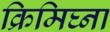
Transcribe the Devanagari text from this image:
क्रिमिघ्ना